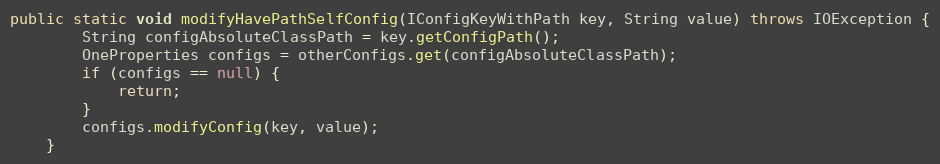
Language: Java
public static void modifyHavePathSelfConfig(IConfigKeyWithPath key, String value) throws IOException {
        String configAbsoluteClassPath = key.getConfigPath();
        OneProperties configs = otherConfigs.get(configAbsoluteClassPath);
        if (configs == null) {
            return;
        }
        configs.modifyConfig(key, value);
    }